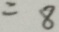
= 8